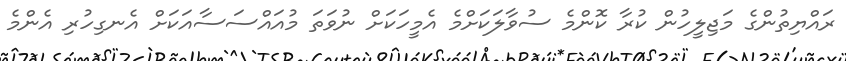
ރައްޔިތުންގެ މަޖިލީހުން ކުރާ ކޮންމެ ސުވާލަކަށްމެ އެމީހަކަށް ނުވަތަ މުއައްސަސާއަކަށް އެނގިހުރި އެންމެ